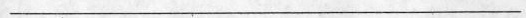
___